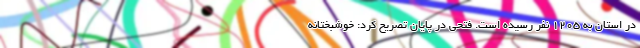
در استان به ۱۲۰۵ نفر رسیده است. فتحی در پایان تصریح کرد: خوشبختانه